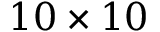
1 0 \times 1 0